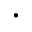
\cdot